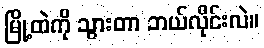
မြို့ထဲကို သွားတာ ဘယ်လိုင်းလဲ။